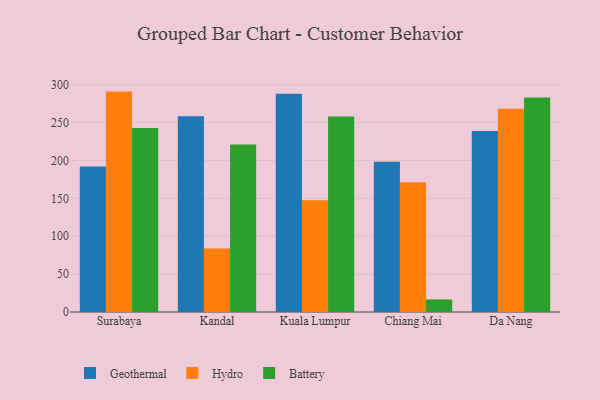
{"axis": {"x": "City", "y": "Revenue (USD Million)"}, "legend": ["Battery", "Geothermal", "Hydro"], "data": [{"x": "Surabaya", "y": 192.1, "type": "Geothermal"}, {"x": "Surabaya", "y": 290.9, "type": "Hydro"}, {"x": "Surabaya", "y": 243.0, "type": "Battery"}, {"x": "Kandal", "y": 258.4, "type": "Geothermal"}, {"x": "Kandal", "y": 83.7, "type": "Hydro"}, {"x": "Kandal", "y": 221.2, "type": "Battery"}, {"x": "Kuala Lumpur", "y": 288.2, "type": "Geothermal"}, {"x": "Kuala Lumpur", "y": 147.4, "type": "Hydro"}, {"x": "Kuala Lumpur", "y": 258.2, "type": "Battery"}, {"x": "Chiang Mai", "y": 198.3, "type": "Geothermal"}, {"x": "Chiang Mai", "y": 171.4, "type": "Hydro"}, {"x": "Chiang Mai", "y": 16.6, "type": "Battery"}, {"x": "Da Nang", "y": 238.9, "type": "Geothermal"}, {"x": "Da Nang", "y": 268.1, "type": "Hydro"}, {"x": "Da Nang", "y": 283.0, "type": "Battery"}]}